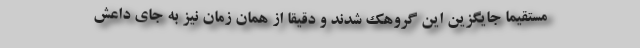
مستقیما جایگزین این گروهک شدند و دقیقا از همان زمان نیز به جای داعش